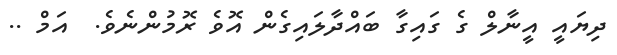
ދިޔައީ އީނާލް ގެ ގައިގާ ބައްދާލައިގެން އޮވެ ރޮމުންނެވެ.  އަމް ..